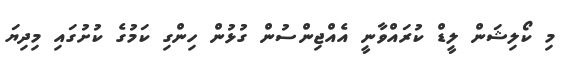
މި ކޯލިޝަން ލީޑް ކުރައްވާނީ އެއްޖިންސުން ގުޅުން ހިންގި ކަމުގެ ކުށުގައި މިދިޔަ